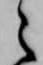
之